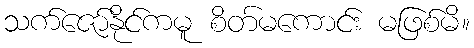
သက်ဇော်နိုင်ကမူ စိတ်မကောင်း မဖြစ်မိ။